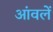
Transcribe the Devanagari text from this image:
आंवलें